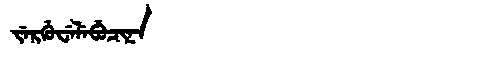
Manchu: ᠵᡝᡵᡤᡠᠸᡝᠯᡝᠪᡠᠴᡳᠨᠠ
Romanization: JERGUWELEBUCINA